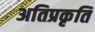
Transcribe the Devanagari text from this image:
अतिप्रकृति